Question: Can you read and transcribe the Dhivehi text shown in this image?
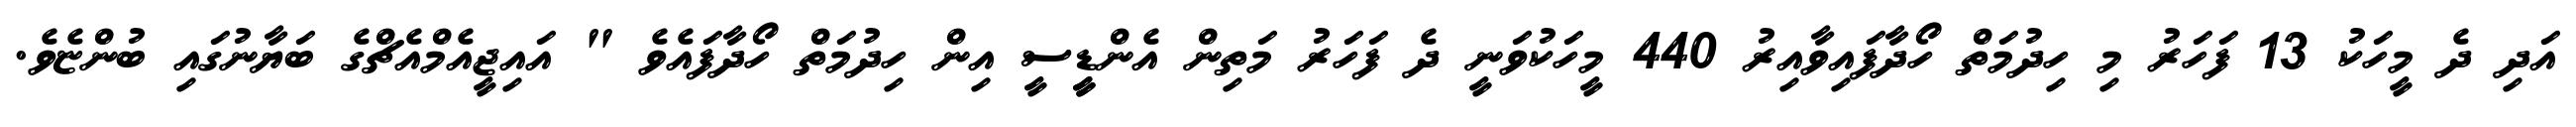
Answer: އަދި ދެ މީހަކު 13 ފަހަރު މި ހިދުމަތް ހޯދާފައިވާއިރު 440 މީހަކުވަނީ ދެ ފަހަރު މަތިން އެންޑީީސީ އިން ހިދުމަތް ހޯދާފައެވެ " އައިޖީއެމްއެޗްގެ ބަޔާނުގައި ބުންޏެވެ.